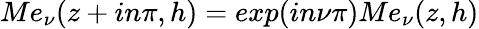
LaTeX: Me_{\nu}(z+in\pi,h)=exp(in\nu\pi)Me_{\nu}(z,h)